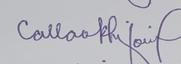
Signature authenticity: genuine